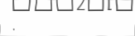
: